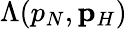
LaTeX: \Lambda(p_{N},{\mathbf p}_{H})